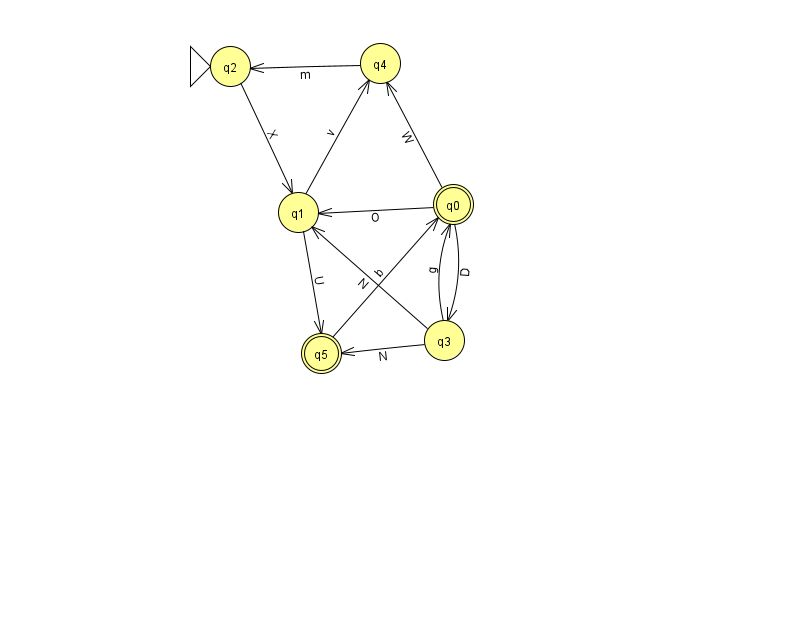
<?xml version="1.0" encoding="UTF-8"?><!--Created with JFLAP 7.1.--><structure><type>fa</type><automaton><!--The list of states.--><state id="0" name="q0"><x>453.0</x><y>191.0</y><final/></state><state id="1" name="q1"><x>298.0</x><y>199.0</y></state><state id="2" name="q2"><x>230.0</x><y>53.0</y><initial/></state><state id="3" name="q3"><x>444.0</x><y>327.0</y></state><state id="4" name="q4"><x>380.0</x><y>50.0</y></state><state id="5" name="q5"><x>321.0</x><y>340.0</y><final/></state><!--The list of transitions.--><transition><from>1</from><to>5</to><read>U</read></transition><transition><from>3</from><to>5</to><read>N</read></transition><transition><from>5</from><to>0</to><read>b</read></transition><transition><from>2</from><to>1</to><read>X</read></transition><transition><from>3</from><to>1</to><read>N</read></transition><transition><from>0</from><to>3</to><read>D</read></transition><transition><from>1</from><to>4</to><read>v</read></transition><transition><from>3</from><to>0</to><read>g</read></transition><transition><from>0</from><to>1</to><read>O</read></transition><transition><from>0</from><to>4</to><read>W</read></transition><transition><from>4</from><to>2</to><read>m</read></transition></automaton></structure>